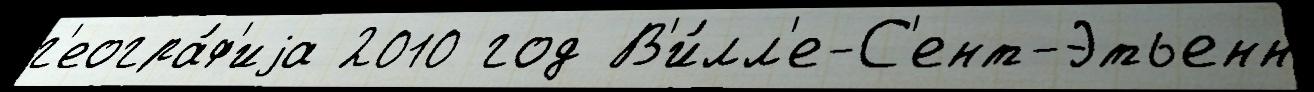
г'еогра́ф'иjа 2010 год В'и́лл'е-С'ент-Этьенн